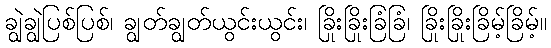
ချွဲချွဲပြစ်ပြစ်၊ ချွတ်ချွတ်ယွင်းယွင်း၊ ခြိုးခြိုးခြံခြံ၊ ခြိုးခြိုးခြိမ့်ခြိမ့်။